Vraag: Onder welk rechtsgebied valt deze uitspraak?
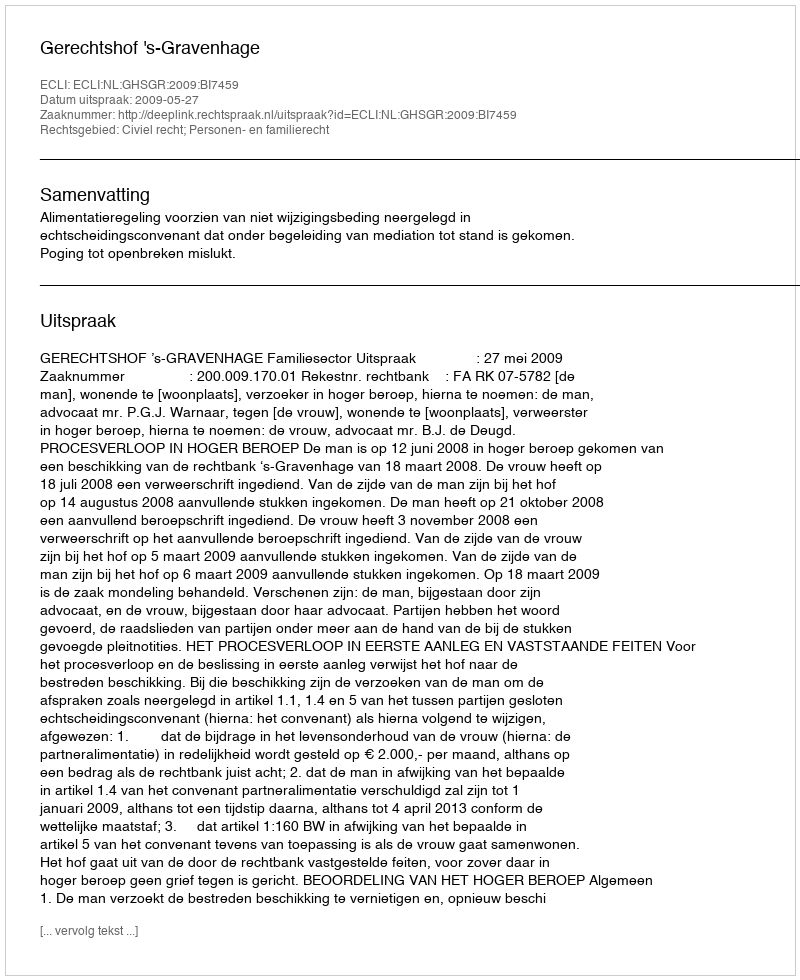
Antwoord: Civiel recht; Personen- en familierecht